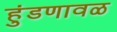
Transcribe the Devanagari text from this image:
हुंडणावळ